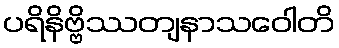
ပရိနိဗ္ဗိဿတျနာသဝေါတိ